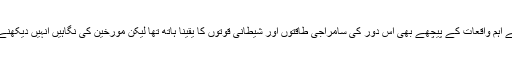
لہذا تاریخ اسلام کے اہم واقعات کے پیچھے بھی اس دور کی سامراجی طاقتوں اور شیطانی قوتوں کا یقینا ہاتھ تھا لیکن مورخین کی نگاہیں انہیں دیکھنے سے قاصر رہیں۔